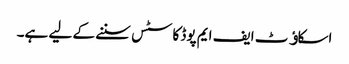
اسکاﺅٹ ایف ایم پوڈ کاسٹس سننے کے لیے ہے۔